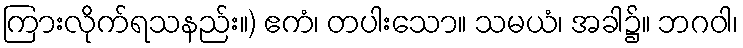
ကြားလိုက်ရသနည်း။) ဧကံ၊ တပါးသော။ သမယံ၊ အခါ၌။ ဘဂဝါ၊